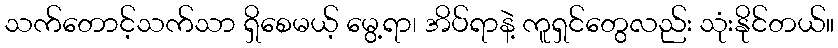
သက်တောင့်သက်သာ ရှိစေမယ့် မွေ့ရာ၊ အိပ်ရာနဲ့ ကူရှင်တွေလည်း သုံးနိုင်တယ်။